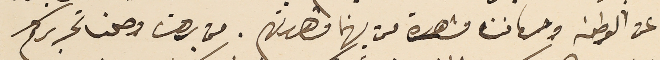
عن الوطن وحرمان مشاهدة من يهمنا مشاهدتهم. من برهت وصلنا تحريركم